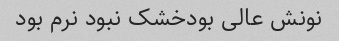
نونش عالی بودخشک نبود نرم بود